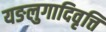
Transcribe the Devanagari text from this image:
यङलुगादिवृत्ति